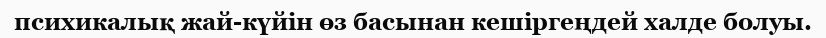
психикалық жай-күйін өз басынан кешіргеңдей халде болуы.